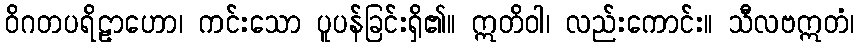
ဝိဂတပရိဠာဟော၊ ကင်းသော ပူပန်ခြင်းရှိ၏။ ဣတိဝါ၊ လည်းကောင်း။ သီလဗဣတံ၊